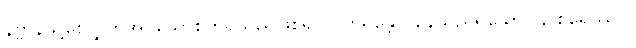
နိဗ္ဗာန်သို့စေလွှတ်အပ်သောစိတ်ရှိသည်ဖြစ်၍။ ဝိဟရန္တော၊ နေသည်ရှိသော်။ န စိရေဿဝ၊